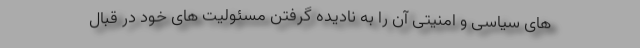
های سیاسی و امنیتی آن را به نادیده گرفتن مسئولیت‌ های خود در قبال